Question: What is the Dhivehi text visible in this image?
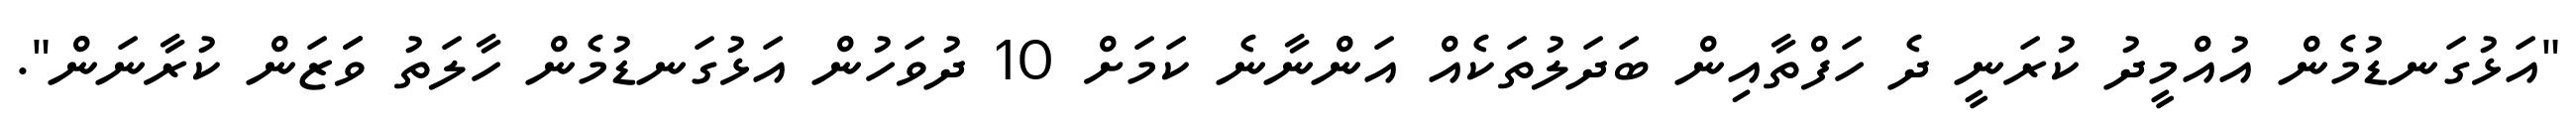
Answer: "އަޅުގަނޑުމެން އުއްމީދު ކުރަނީ ދެ ހަފްތާއިން ބަދަލުތަކެއް އަންނާނެ ކަމަށް 10 ދުވަހުން އަޅުގަނޑުމެން ހާލަތު ވަަޒަން ކުރާނަން".